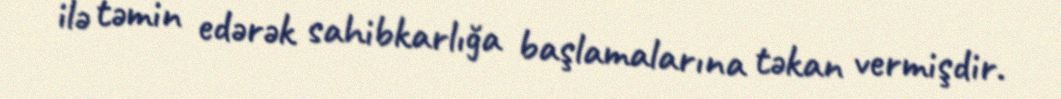
ilə təmin edərək sahibkarlığa başlamalarına təkan vermişdir.